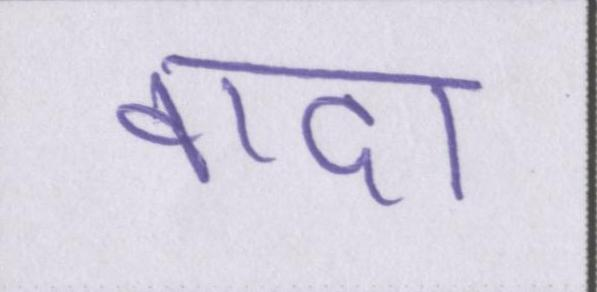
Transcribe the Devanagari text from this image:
वादा